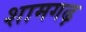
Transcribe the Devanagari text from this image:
शामगढ़